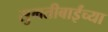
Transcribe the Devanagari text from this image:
सुमतीबाईंच्या